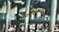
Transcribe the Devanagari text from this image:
पदचिह्‌नान्वेषक